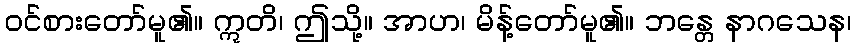
ဝင်စားတော်မူ၏။ ဣတိ၊ ဤသို့။ အာဟ၊ မိန့်တော်မူ၏။ ဘန္တေ နာဂသေန၊